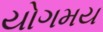
યોગમય